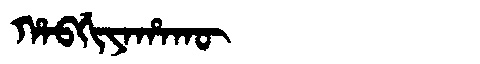
Manchu: ᡥᠠᠪᡤᡳᠶᠠᡥᠠᡴᡡ
Romanization: HABGIYAHAKŪ